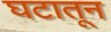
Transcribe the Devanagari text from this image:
घटातून